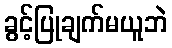
ခွင့်ပြုချက်မယူဘဲ